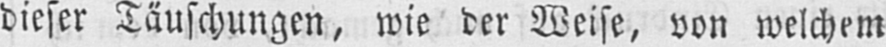
dieser Täuschungen, wie der Weise, von welchem